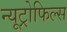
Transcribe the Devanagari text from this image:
न्यूट्रोफिल्स